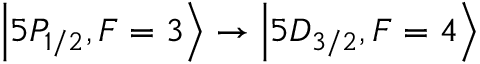
\ensuremath { \left\vert 5 P _ { 1 / 2 } , F = 3 \right\rangle } \rightarrow \ensuremath { \left\vert 5 D _ { 3 / 2 } , F = 4 \right\rangle }